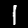
Digit: 1